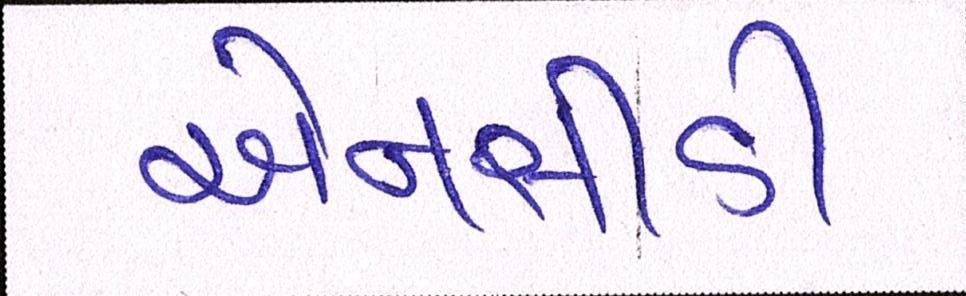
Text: એનસીડી